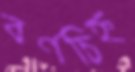
বর্ণচিহ্ন